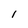
Character: 1